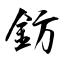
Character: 鈁